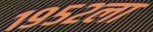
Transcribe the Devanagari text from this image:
१९५२ला